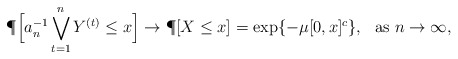
\begin{align*}\P\Big[ a_n^{-1} \bigvee_{t=1}^{n}Y^{(t)} \leq x \Big] \to \P[X \leq x]=\exp\{-\mu[0,x]^c\},\ \mbox{ as } n\to\infty,\end{align*}